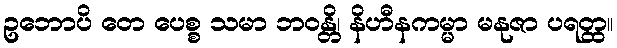
ဥဘောပိ တေ ပေစ္စ သမာ ဘဝန္တိ၊ နိဟီနကမ္မာ မနုဇာ ပရတ္ထ။